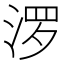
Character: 𪶒